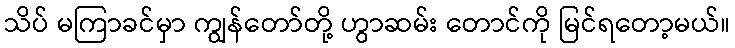
သိပ် မကြာခင်မှာ ကျွန်တော်တို့ ဟွာဆမ်း တောင်ကို မြင်ရတော့မယ်။